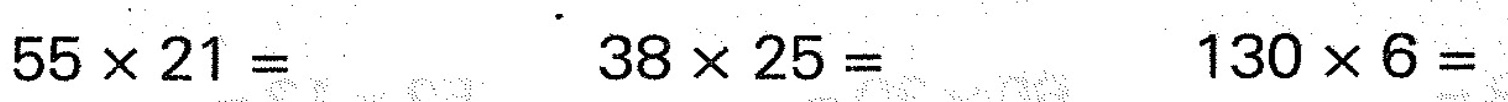
$$5 5 \times 2 1 =$$ $$3 8 \times 2 5 =$$ $$1 3 0 \times 6 =$$